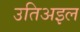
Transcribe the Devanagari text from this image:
उतिअइल